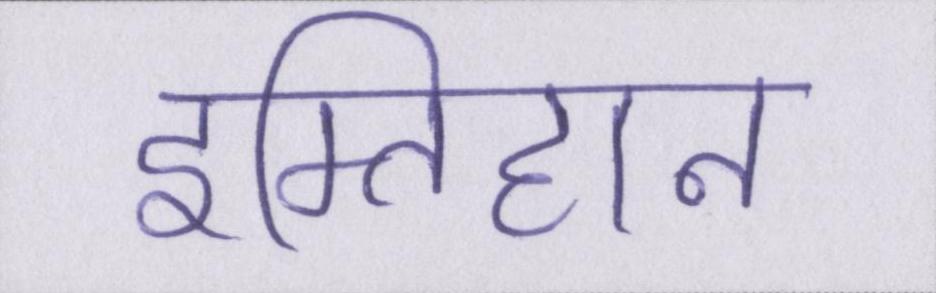
इम्तिहान